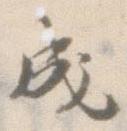
成